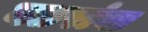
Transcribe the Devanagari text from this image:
बछरांवा